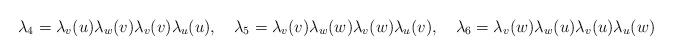
LaTeX: \begin{align*}\lambda_4=\lambda_v(u)\lambda_w(v)\lambda_v(v)\lambda_u(u),\quad\lambda_5=\lambda_v(v)\lambda_w(w)\lambda_v(w)\lambda_u(v),\quad\lambda_6=\lambda_v(w)\lambda_w(u)\lambda_v(u)\lambda_u(w)\end{align*}